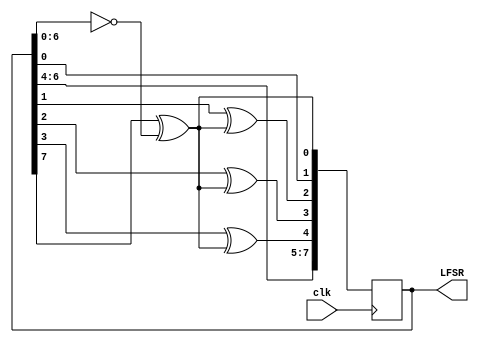
module LFSR8_11D
(
	input wire       clk,
	output reg [7:0] LFSR = 255
);
	wire feedback = LFSR[7] ^ (LFSR[6:0] == 7'b0000000);
	always @(posedge clk) begin
		LFSR[0] <= feedback;
		LFSR[1] <= LFSR[0];
		LFSR[2] <= LFSR[1] ^ feedback;
		LFSR[3] <= LFSR[2] ^ feedback;
		LFSR[4] <= LFSR[3] ^ feedback;
		LFSR[5] <= LFSR[4];
		LFSR[6] <= LFSR[5];
		LFSR[7] <= LFSR[6];
	end
endmodule